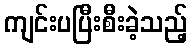
ကျင်းပပြီးစီးခဲ့သည့်